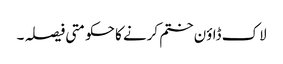
لاک ڈاؤن ختم کرنے کا حکومتی فیصلہ ۔